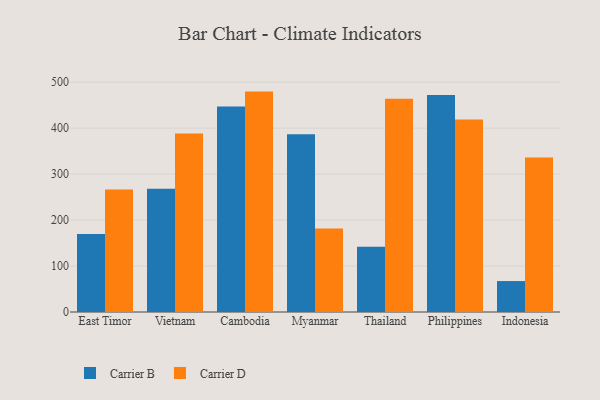
{"axis": {"x": "Country", "y": "LTV (USD)"}, "legend": ["Carrier B", "Carrier D"], "data": [{"x": "East Timor", "y": 169.6, "type": "Carrier B"}, {"x": "East Timor", "y": 266.5, "type": "Carrier D"}, {"x": "Vietnam", "y": 268.4, "type": "Carrier B"}, {"x": "Vietnam", "y": 388.1, "type": "Carrier D"}, {"x": "Cambodia", "y": 447.3, "type": "Carrier B"}, {"x": "Cambodia", "y": 479.5, "type": "Carrier D"}, {"x": "Myanmar", "y": 386.6, "type": "Carrier B"}, {"x": "Myanmar", "y": 181.6, "type": "Carrier D"}, {"x": "Thailand", "y": 141.7, "type": "Carrier B"}, {"x": "Thailand", "y": 463.8, "type": "Carrier D"}, {"x": "Philippines", "y": 472.2, "type": "Carrier B"}, {"x": "Philippines", "y": 418.8, "type": "Carrier D"}, {"x": "Indonesia", "y": 67.3, "type": "Carrier B"}, {"x": "Indonesia", "y": 336.0, "type": "Carrier D"}]}